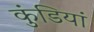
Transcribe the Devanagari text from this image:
कुंडियां